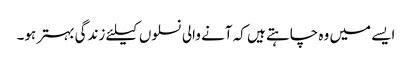
ایسے میں وہ چاہتے ہیں کہ آنے والی نسلوں کیلئے زندگی بہتر ہو۔